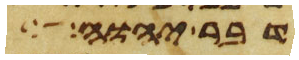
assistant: דבר יהוה